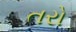
તરો